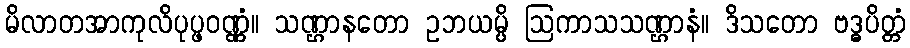
မိလာတအာကုလိပုပ္ဖဝဏ္ဏံ။ သဏ္ဌာနတော ဥဘယမ္ပိ ဩကာသသဏ္ဌာနံ။ ဒိသတော ဗဒ္ဓပိတ္တံ